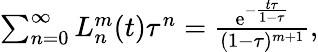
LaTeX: \begin{array}{r}{\sum_{n=0}^{\infty}L_{n}^{m}(t)\tau^{n}=\frac{\mathrm{e}^{-\frac{t\tau}{1-\tau}}}{(1-\tau)^{m+1}},}\end{array}